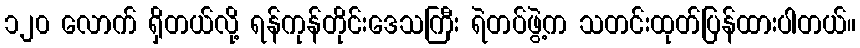
၁၂၀ လောက် ရှိတယ်လို့ ရန်ကုန်တိုင်းဒေသကြီး ရဲတပ်ဖွဲ့က သတင်းထုတ်ပြန်ထားပါတယ်။